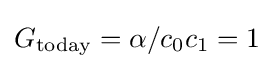
G_{\mathrm {today} }=\alpha /c_{0}c_{1}=1